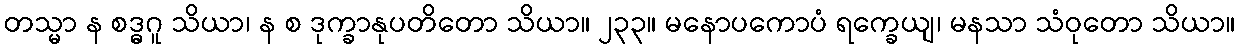
တသ္မာ န စဒ္ဓဂူ သိယာ၊ န စ ဒုက္ခာနုပတိတော သိယာ။ ၂၃၃။ မနောပကောပံ ရက္ခေယျ၊ မနသာ သံဝုတော သိယာ။